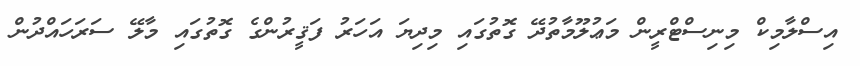
އިސްލާމިކް މިނިސްޓްރީން މަޢުލޫމާތުދޭ ގޮތުގައި މިދިޔަ އަހަރު ފަޤީރުންގެ ގޮތުގައި މާލޭ ސަރަހައްދުން